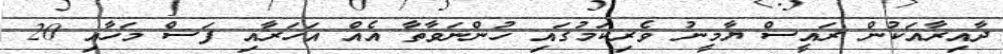
ދާއިރާއަކުން ރައީސް ޔާމީނު ވެރިކަމުގައި ހުންނަވާތާ އެއް އަހަރާއި ފަސް މަހާއި 20